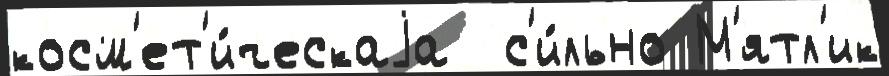
косм'ет'и́ческаjа  с'и́льно М'ятл'ик